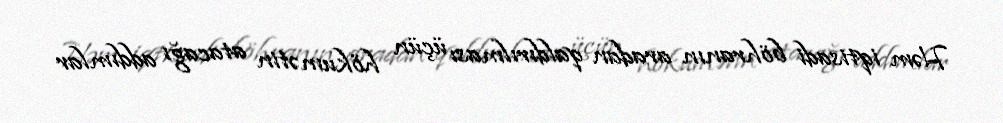
Həm iqtisadi böhranın aradan qaldırılması üçün hökumətin atacağı addımlar